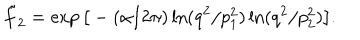
\tilde { f } _ { 2 } = \exp \big [ - ( \alpha / 2 \pi ) \ln ( q ^ { 2 } / p _ { 1 } ^ { 2 } ) \ln ( q ^ { 2 } / p _ { 2 } ^ { 2 } ) \big ] .